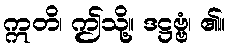
ဣတိ၊ ဤသို့။ ဒဋ္ဌဗ္ဗံ၊ ၏။